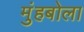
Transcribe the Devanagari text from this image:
मुंहबोला